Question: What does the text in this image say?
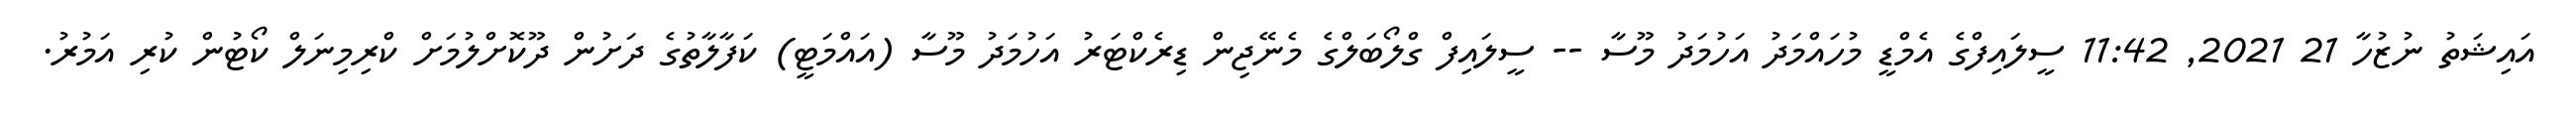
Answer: އައިޝަތު ނުޒުހާ 21 2021, 11:42 ސީލައިފްގެ އެމްޑީ މުހައްމަދު އަހުމަދު މޫސާ -- ސީލައިފް ގްލޯބަލްގެ މެނޭޖިން ޑިރެކްޓަރު އަހުމަދު މޫސާ (އައްމަޓީ) ކަފާލާތުގެ ދަށުން ދޫކޮށްލުމަށް ކްރިމިނަލް ކޯޓުން ކުރި އަމުރު.